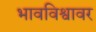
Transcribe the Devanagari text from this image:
भावविश्वावर